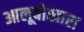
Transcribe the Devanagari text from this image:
आलूबोखारा